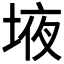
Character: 𰉾